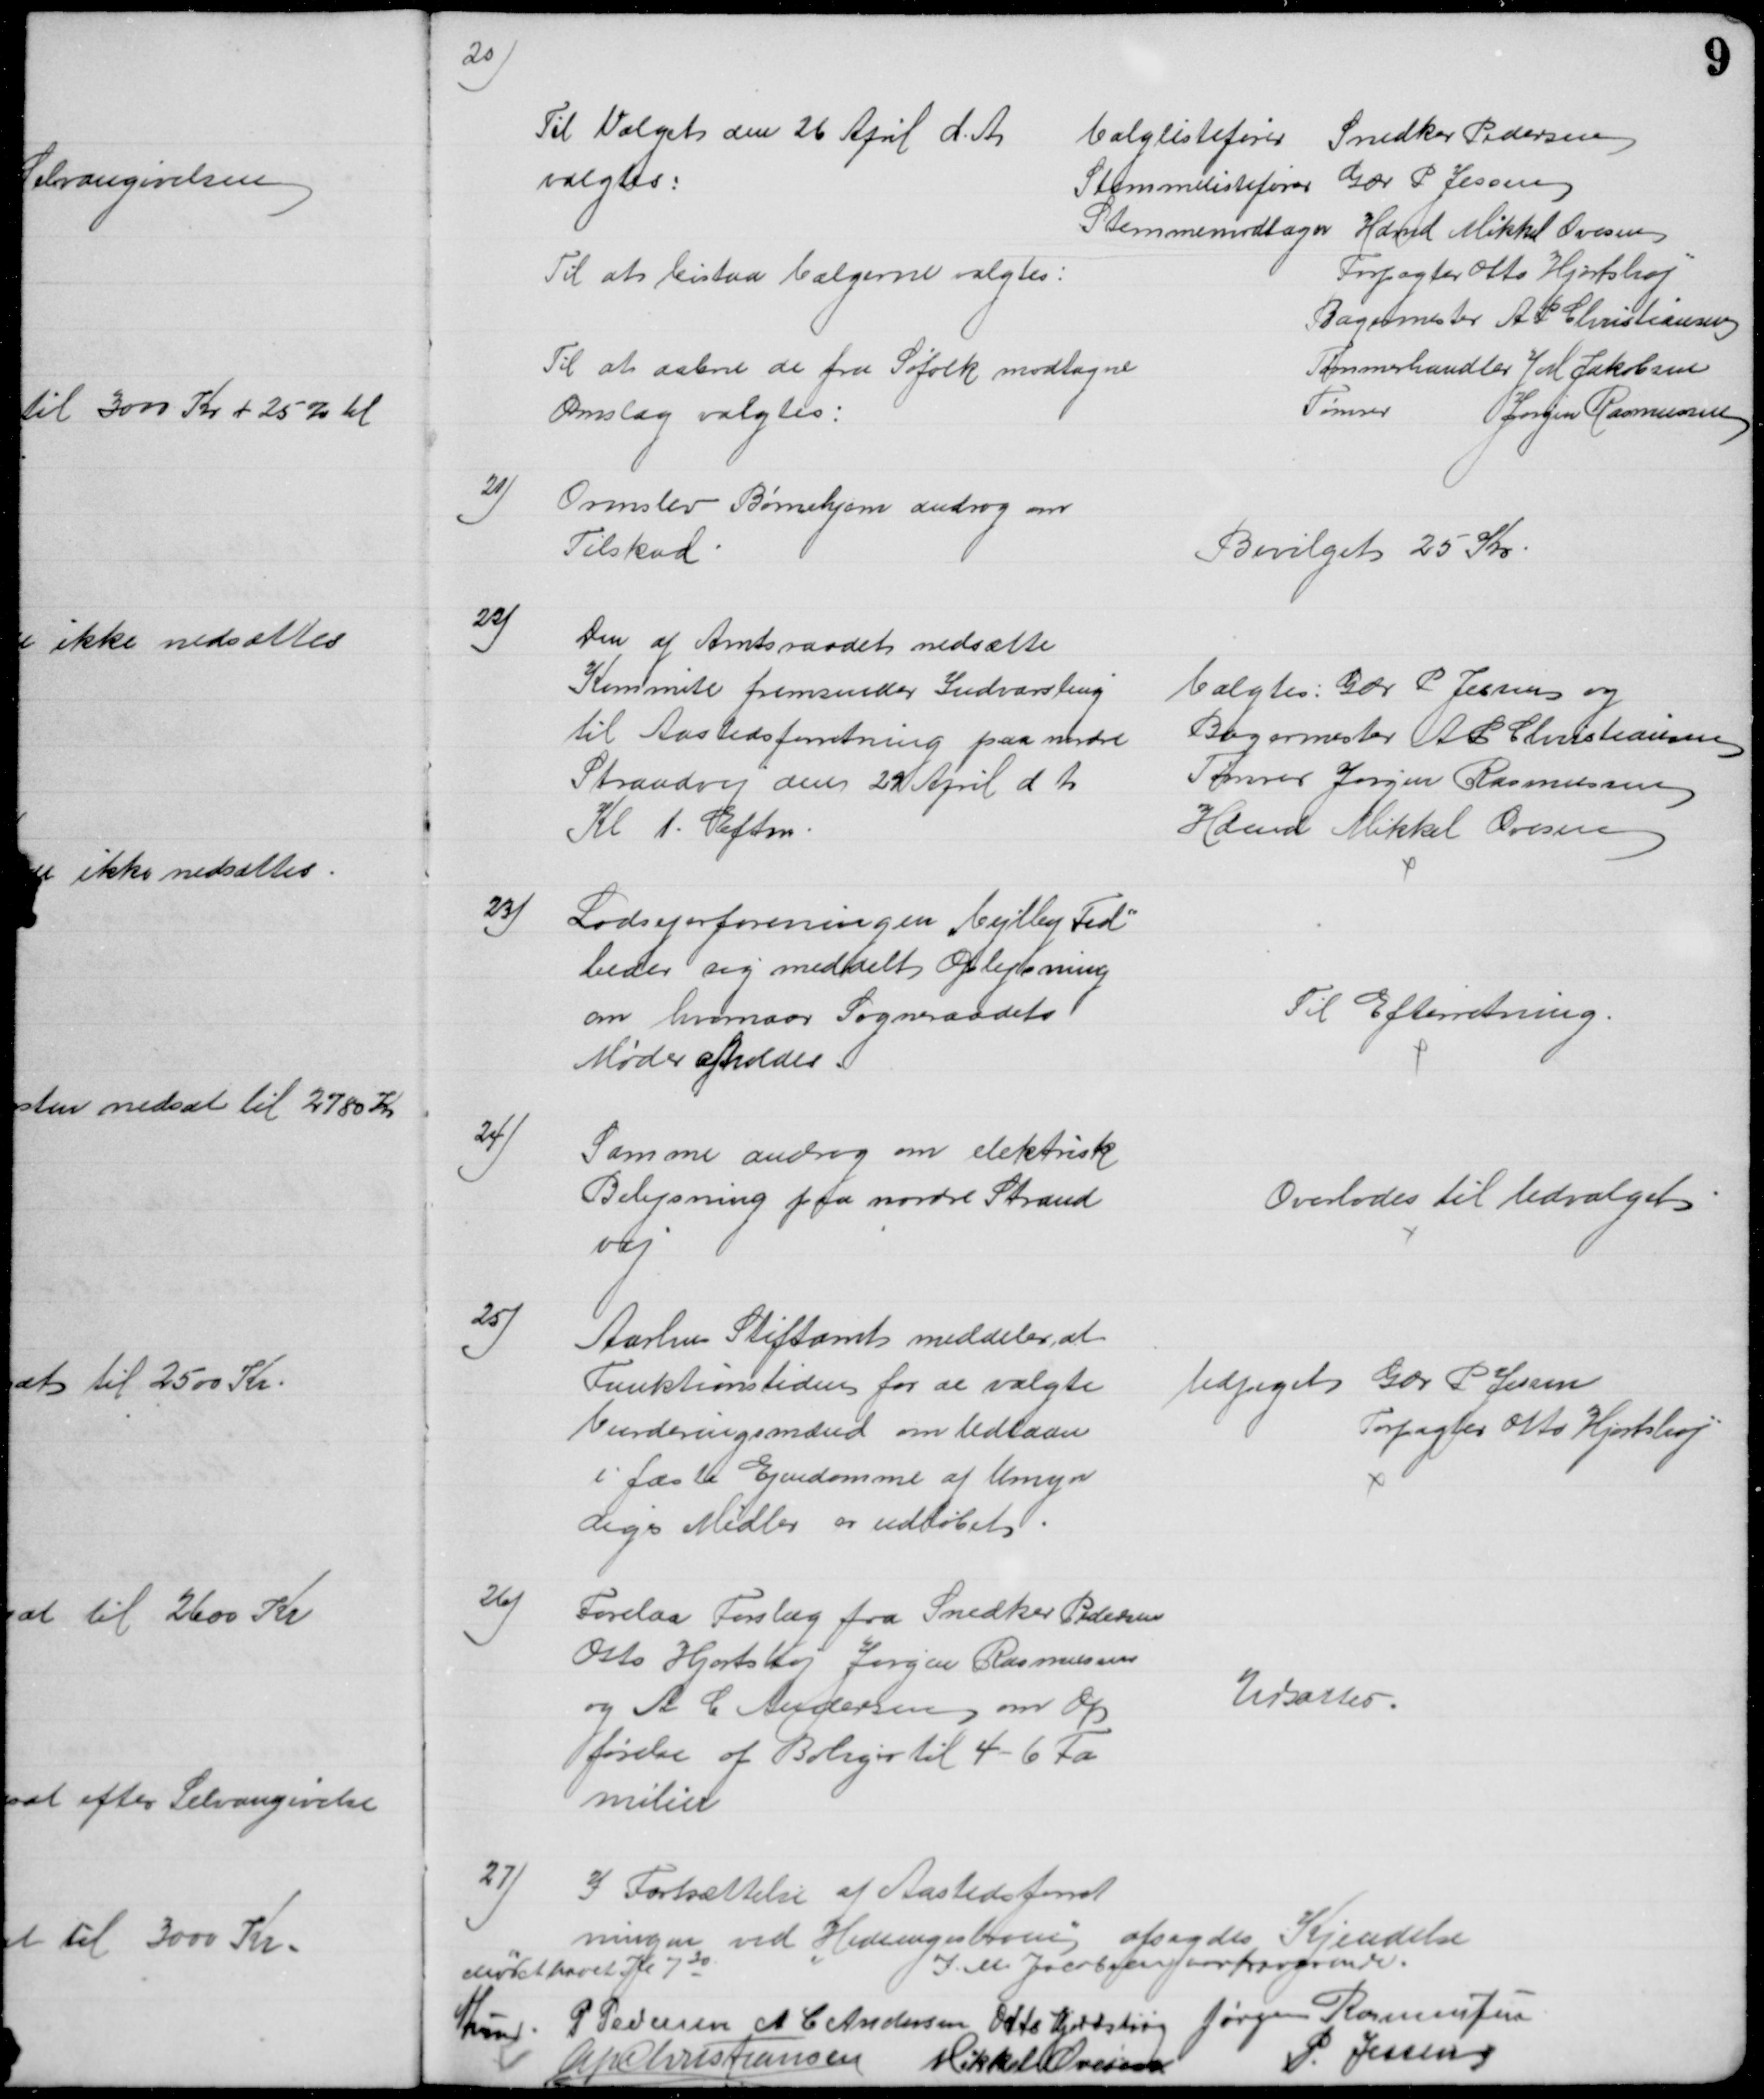
Transskription:
20)
Til Valget den 26 April d. A.
valgtes:
Valglistefører
Snedker Pedersen
Stemmelistefører
Gdr P Jessen
Stemmemodtager
Hdmd Mikkel Ovesen
Til at bistaa Vælgerne valgtes:
Forpagter Otto Hjortshøj
Bagermester A P Christiansen
Til at aabne de fra Søfolk modtagne
Omslag valgtes:
Tømmerhandler J M Jakobsen
Tømrer
Jørgen Rasmussen
21)
Ormslev Børnehjem androg om 
Tilskud.
Bevilget 25 Kr
22)
Den af Amtsraadet nedsatte
Kommite fremsender Indvarsling
til Aastedsforretning paa nordre
Strandvej den 29 April d. A
Kl 1. Eftm.
valgtes: Gdr P Jessen og
Bagermester A P Christiansen
Tømrer Jørgen Rasmussen
Hdmd Mikkel Ovesen
23)
Lodsejerforeningen "Vejlby Fed"
beder sig meddelt Oplysning
om hvornaar Sogneraadets
Møder afholdes.
Til Efterretning.
24)
Samme androg om elektrisk
Belysning paa nordre Strand
vej
Overlodes til Udvalget 
25)
Aarhus Stiftamt meddeler, at
Funktionstiden for de valgte
Vurderingsmænd om Udlaan
i faste Ejendomme af Umyn
diges Midler er udløbet.
Udpeget
Gdr P Jessen
Forpagter Otto Hjortshøj
26)
Forelaa Forslag fra Snedker Pedersen
Otto Hjortshøj Jørgen Rasmussen
og A C Andersen om Op
førelse af Boliger til 4 - 6 Fa
milier
Udsattes.
27)
I Fortsættelse af Aastedsforret
ningen ved "Hedeengesbroen" afsagdes Kjendelse
Mødet hævet Kl 730
J.M. Jacobsen var fraværende.
A Lund. P Pedersen A C Andersen Otto Hjortshøj Jørgen Rasmussen
A P Christiansen Mikkel Ovesen
P. Jessen